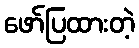
ဖော်ပြထားတဲ့